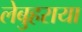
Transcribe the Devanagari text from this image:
लेबुहराया